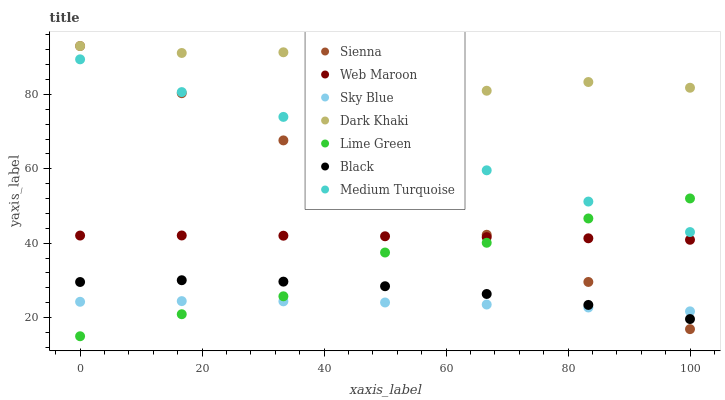
| xaxis_label | Sienna | Web Maroon | Sky Blue | Dark Khaki | Lime Green | Black | Medium Turquoise |
 | --- | --- | --- | --- | --- | --- | --- | --- |
 | 0 | 93 | 42.1 | 24.3 | 93 | 15 | 29.6 | 89.4 |
 | 16.7 | 80.3 | 42.1 | 24.4 | 91.1 | 20.9 | 30.1 | 80.6 |
 | 33.3 | 67.6 | 42 | 24.4 | 91.3 | 25.7 | 29.7 | 74 |
 | 50 | 55 | 41.9 | 24.1 | 84.2 | 37.5 | 28.4 | 62.6 |
 | 66.7 | 42.3 | 41.6 | 23.5 | 81 | 40.1 | 26.4 | 59.6 |
 | 83.3 | 29.6 | 41.3 | 22.7 | 83.3 | 46.7 | 23.4 | 51.2 |
 | 100 | 16.9 | 40.9 | 21.7 | 81.8 | 52 | 19.6 | 43 |